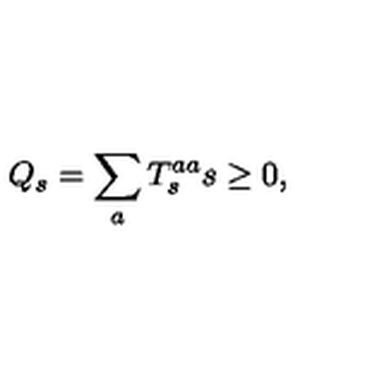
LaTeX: Q _ { s } = \sum _ { a } T _ { s } ^ { a a } s \geq 0 ,